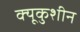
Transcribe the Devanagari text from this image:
क्यूकुशीन